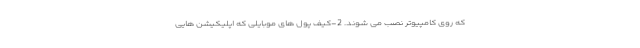
که روی کامپیوتر نصب می شوند. 2-کیف پول های موبایلی که اپلیکیشن هایی